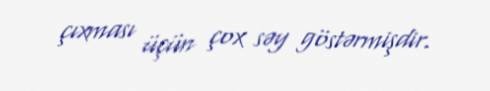
çıxması üçün çox səy göstərmişdir.